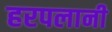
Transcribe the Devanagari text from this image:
हरपलानी